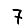
Digit: 7